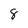
Character: 8